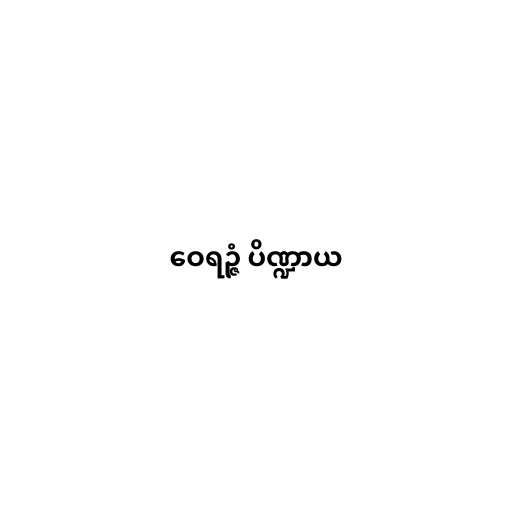
ဝေရဉ္ဇံ ပိဏ္ဍာယ